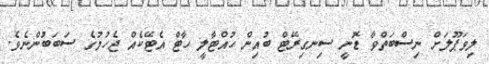
ލިވަޕޫލަށް ނިސްބަތްވާ ޑޮނީ ސިނގިރޭޓް ބުއިން ހުއްޓާލީ ހާޓް އެޓޭކެއް ޖެހުމުގެ ސަބަބުންނެވެ.